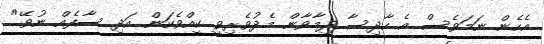
އެހެން ނަމަވެސް އެ ހާދިސާ ދިމާވާން މެދުވެރިވީ ކީއްވެކަން އަދި ސާފެއް ނުވޭ"